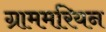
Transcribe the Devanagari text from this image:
ग्राममरियन